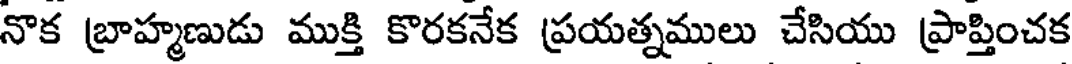
నొక బ్రాహ్మణుడు ముక్తి కొరకనేక ప్రయత్నములు చేసియు ప్రాప్తించక